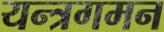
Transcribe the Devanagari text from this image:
यन्त्रगमन